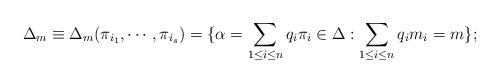
LaTeX: \begin{align*}\Delta_m\equiv \Delta_m(\pi_{i_1},\cdots ,\pi_{i_s})=\{\alpha =\sum _{1\leq i\leq n}q_i\pi _i \in \Delta :\sum _{1\leq i\leq n}q_i m_i =m\};\end{align*}